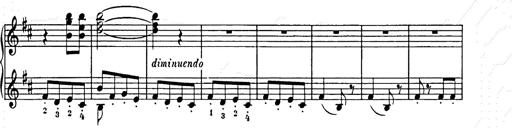
Title: Weihnachtsbaum
Composer: Franz Liszt